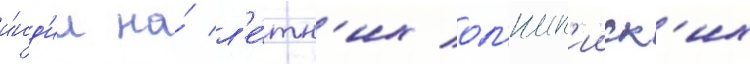
и́нд'ии на́ л'е́тн'их ол'имп'ииск'их